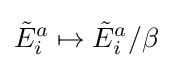
{\tilde {E}}_{i}^{a}\mapsto {\tilde {E}}_{i}^{a}/\beta